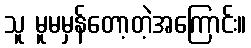
သူ မူမမှန်တော့တဲ့အကြောင်း။